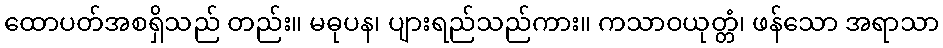
ထောပတ်အစရှိသည် တည်း။ မဓုပန၊ ပျားရည်သည်ကား။ ကသာဝယုတ္တံ၊ ဖန်သော အရာသာ